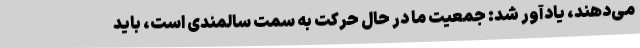
می‌دهند، یادآور شد: جمعیت ما در حال حرکت به سمت سالمندی است، باید